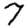
Digit: 7